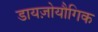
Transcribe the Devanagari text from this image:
डायज़ोयौगिक